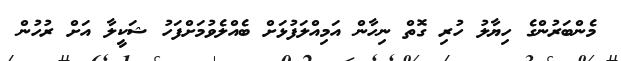
މެންބަރުންގެ ހިޔާލު ހުރި ގޮތް ނިހާން އަމިއްލަފުޅަށް ބެއްލެވުމަށްފަހު ޝަކީލާ އަށް ރުހުން